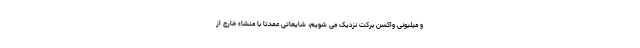
و میلیونی واکسن برکت نزدیک می شویم، شایعاتی عمدتا با منشاء خارج از